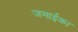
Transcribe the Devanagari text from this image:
जमाईका